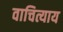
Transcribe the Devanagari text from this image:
वाचित्याय